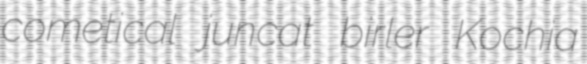
cometical juncat birler Kochia